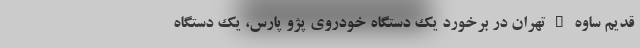
قدیم ساوه _ تهران در برخورد یک دستگاه خودروی پژو پارس، یک دستگاه